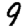
Digit: 9